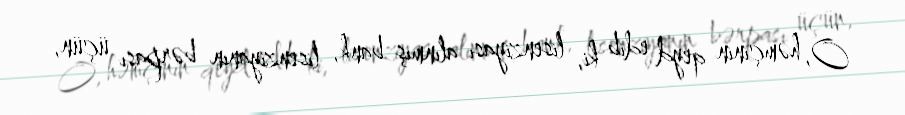
O, həmçinin qeyd edib ki, lisenziyası alınmış bank, lisenziyanın bərpası üçün,